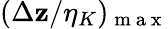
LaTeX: (\Delta\mathbf{z}/\eta_{K})_{\mathrm{{~m~a~x~}}}